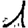
Digit: 1